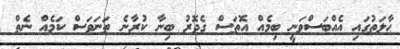
ޙާލަތުގައި އެއްބަސްވަނީ ބިމެއް އޮތަސް ގެދޮރު ބިނާ ކުރާނެ ތަނަވަސް ކަމެއް ނެތް